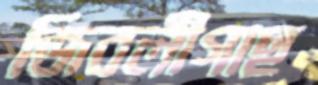
জিবলীগাছ